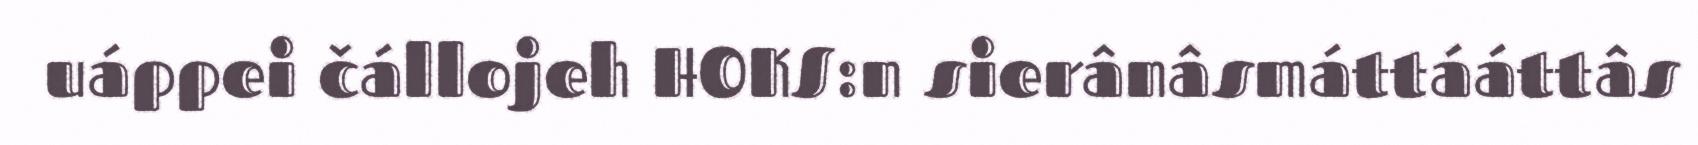
uáppei čállojeh HOKS:n sierânâsmáttááttâs